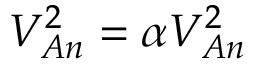
V _ { A n } ^ { 2 } = \alpha V _ { A n } ^ { 2 }